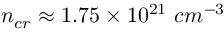
n _ { c r } \approx 1 . 7 5 \times 1 0 ^ { 2 1 } ~ c m ^ { − 3 }